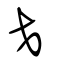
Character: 爻